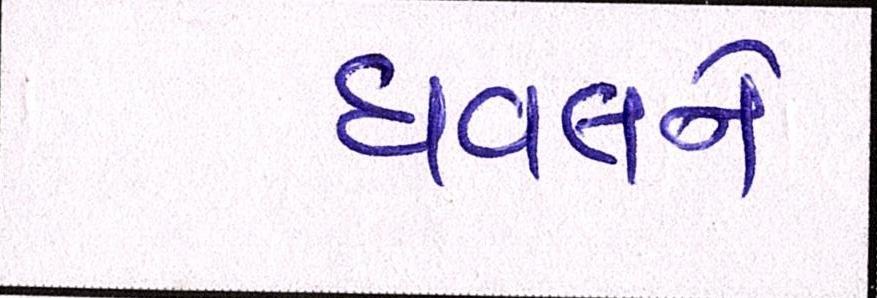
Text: ધવલને